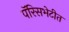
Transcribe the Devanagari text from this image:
पॅरिसभेटीत